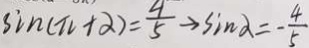
\sin ( \pi + \alpha ) = \frac { 4 } { 5 } \rightarrow \sin \alpha = - \frac { 4 } { 5 }